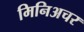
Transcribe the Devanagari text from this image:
मिनिअचर